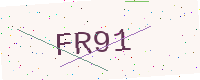
Text: FR91